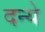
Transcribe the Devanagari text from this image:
दन्ये